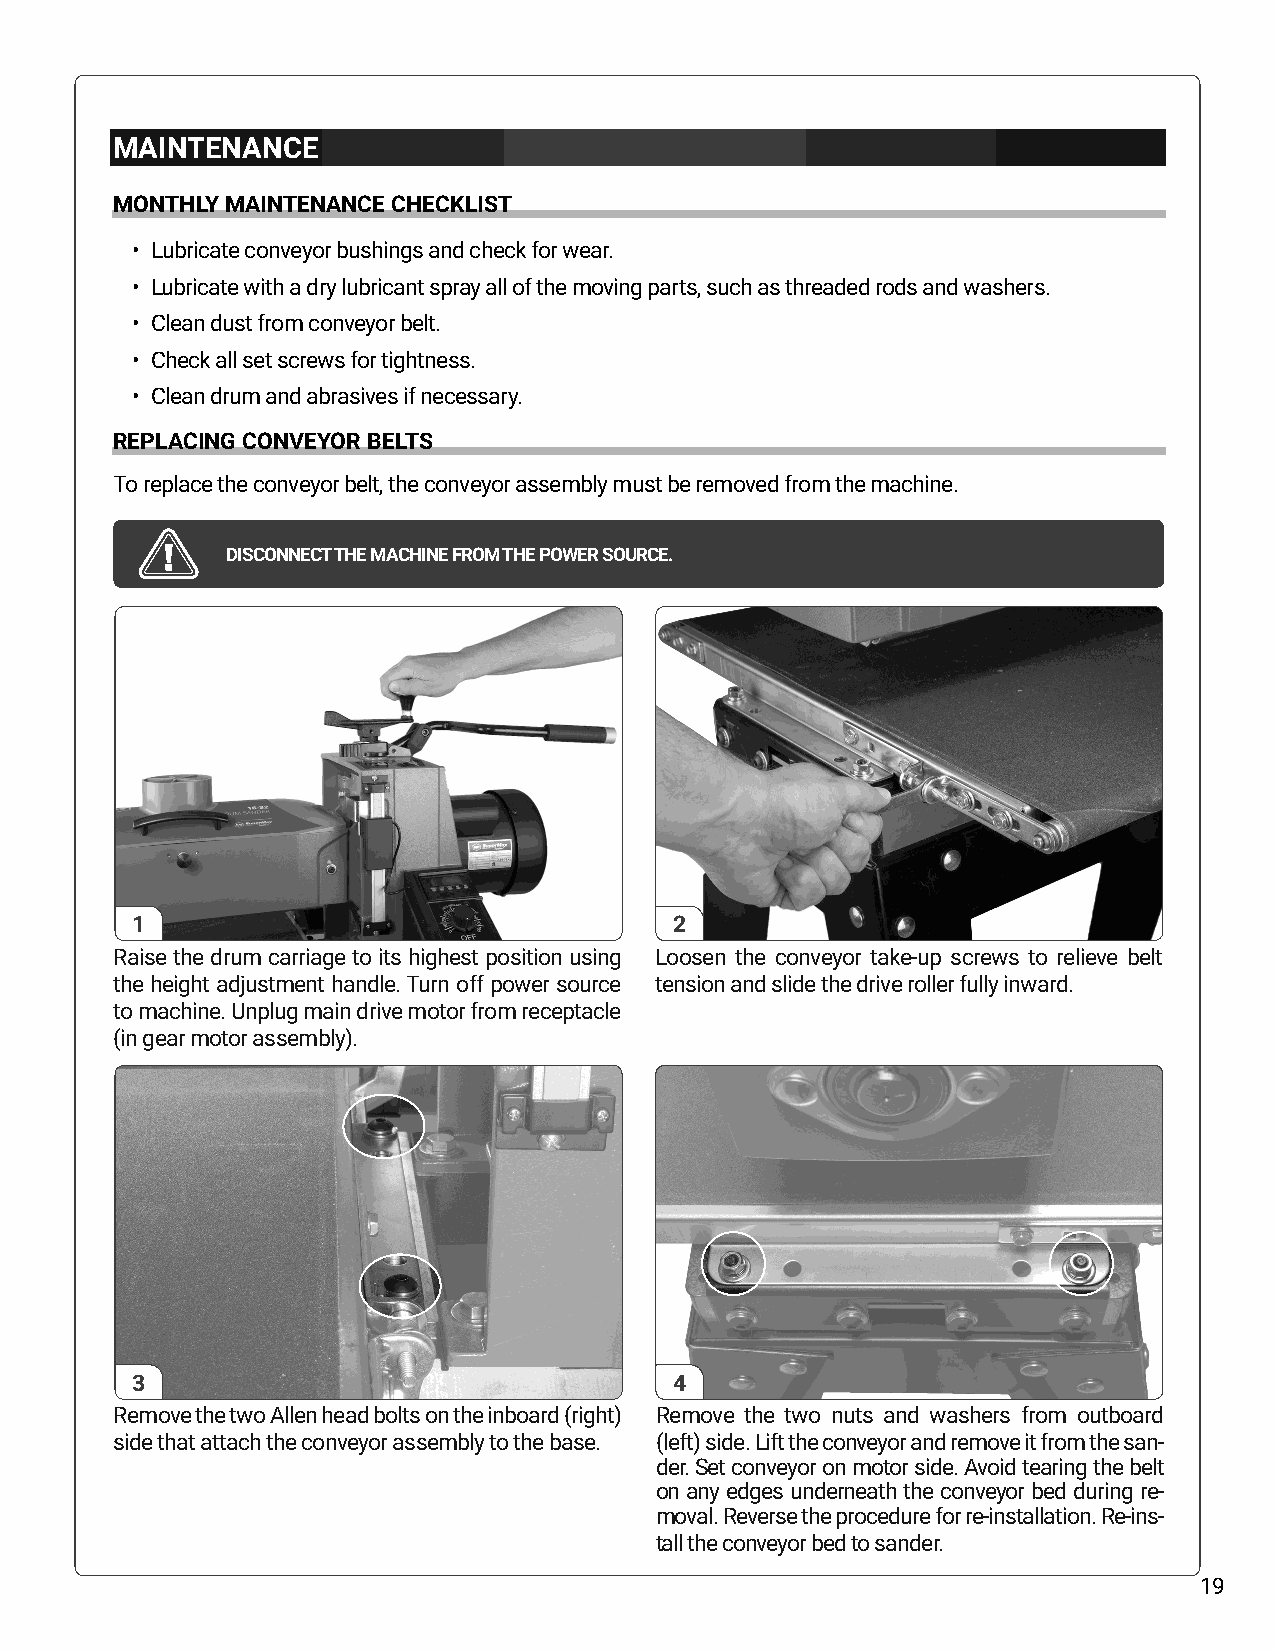
MAINTENANCE
 MONTHLY MAINTENANCE CHECKLIST
 • Lubricate conveyor bushings and check for wear.
 • Lubricate with a dry lubricant spray all of the moving parts, such as threaded rods and washers.
 • Clean dust from conveyor belt.
 • Check all set screws for tightness.
 • Clean drum and abrasives if necessary.
 REPLACING CONVEYOR BELTS
 To replace the conveyor belt, the conveyor assembly must be removed from the machine.
 DISCONNECT THE MACHINE FROM THE POWER SOURCE.
 1                                   2
 Raise the drum carriage to its highest position using Loosen the conveyor take-up screws to relieve belt
 the height adjustment handle. Turn off power source tension and slide the drive roller fully inward.
 to machine. Unplug main drive motor from receptacle
 (in gear motor assembly).
 3                                   4
 Remove the two Allen head bolts on the inboard (right) Remove the two nuts and washers from outboard
 side that attach the conveyor assembly to the base. (left) side. Lift the conveyor and remove it from the san-
 der. Set conveyor on motor side. Avoid tearing the belt
 on any edges underneath the conveyor bed during re-
 moval. Reverse the procedure for re-installation. Re-ins-
 tall the conveyor bed to sander.
 19